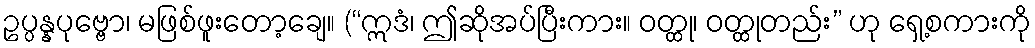
ဥပ္ပန္နပုဗ္ဗော၊ မဖြစ်ဖူးတော့ချေ။ (“ဣဒံ၊ ဤဆိုအပ်ပြီးကား။ ဝတ္ထု၊ ဝတ္ထုတည်း” ဟု ရှေ့စကားကို